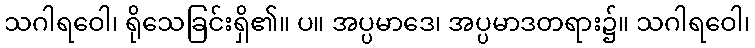
သဂါရဝေါ၊ ရိုသေခြင်းရှိ၏။ ပ။ အပ္ပမာဒေ၊ အပ္ပမာဒတရား၌။ သဂါရဝေါ၊